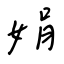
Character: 娟